Annual report of the Civil Veterinary Department, Bengal, for the year 1897-98 - 1897-1898
Year: 1897
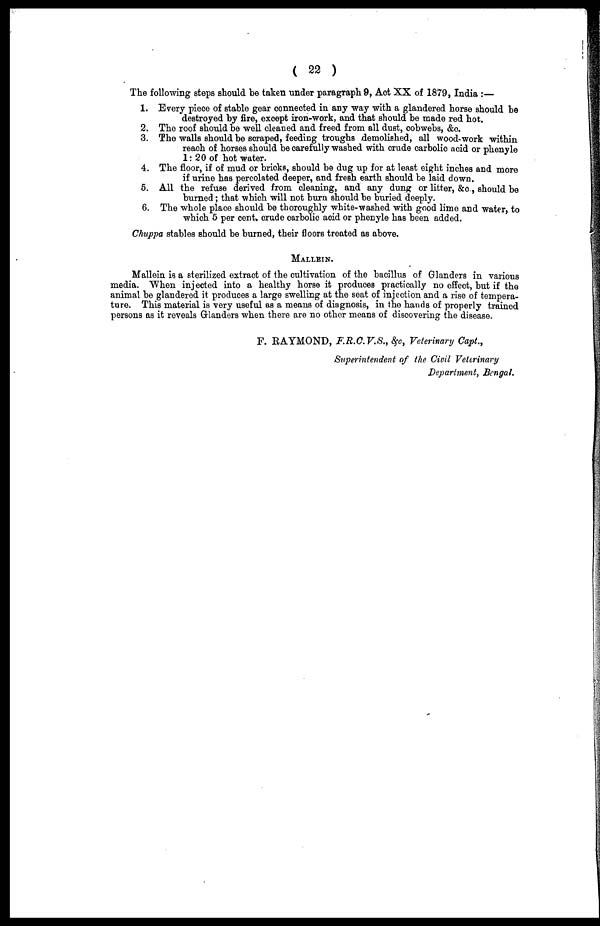
( 22 )
The following steps should be taken tinder paragraph 9, Act XX of 1879, India :—
1. Every piece of stable gear connected in any way with a glandered horse should be
destroyed by fire, except iron-work, and that should be made red hot.
2. The roof should be well cleaned and freed from all dust, cobwebs, &c.
3. The walls should be scraped, feeding troughs demolished, all wood-work within
reach of horses should be carefully washed with crude carbolic acid or phenyle
1 : 20 of hot water.
4. The floor, if of mud or bricks, should be dug up for at least eight inches and more
if urine has percolated deeper, and fresh earth should be laid down.
5. All the refuse derived from cleaning, and any dung or litter, &c., should be
burned ; that which will not burn should be buried deeply.
6. The whole place should be thoroughly white-washed with good lime and water, to
which 5 per cent. crude carbolic acid or phenyle has been added.
Chuppa stables should be burned, their floors treated as above.
MALLEIN.
Mallein is a sterilized extract of the cultivation of the bacillus of Glanders in various
media. When injected into a healthy horse it produces practically no effect, but if the
animal be glandered it produces a large swelling at the seat of injection and a rise of tempera-
ture. This material is very useful as a means of diagnosis, in the hands of properly trained
persons as it reveals Glanders when there are no other means of discovering the disease.
F. RAYMOND, F.R.C.V.S., &c, Veterinary Capt.,
Superintendent of the Civil Veterinary
Department, Bengal.